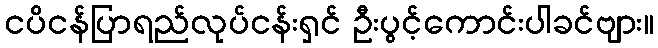
ငပိငန်ပြာရည်လုပ်ငန်းရှင် ဦးပွင့်ကောင်းပါခင်ဗျား။